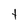
Character: t